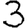
Digit: 3